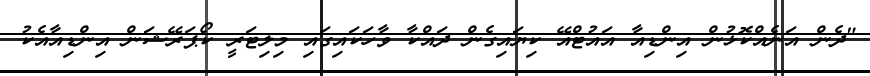
"ދެން އަނެއްކޮޅުން އިންޑިއާ އައުޓްއޭ ކިޔައިގެން ދައްކާ ވާހަކައިގައި މިލިޓަރީ ކޯޕަރޭޝަން އިންޑިއާއެކު